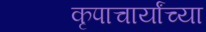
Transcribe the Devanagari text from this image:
कृपाचार्यांच्या